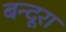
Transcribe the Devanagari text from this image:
बन्दूरा